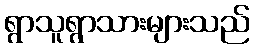
ရွာသူရွာသားများသည်